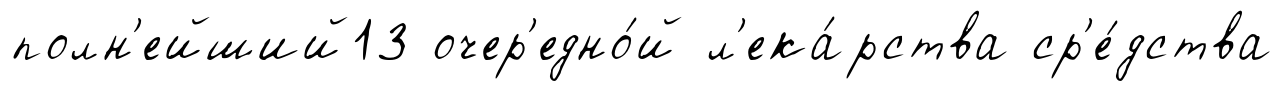
полн'ейший13 очер'едно́й л'ека́рства ср'е́дства